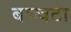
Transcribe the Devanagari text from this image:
बच्चटा